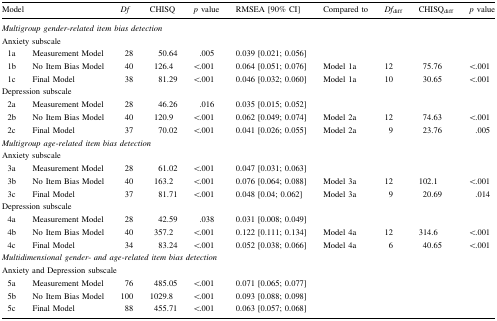
<table><thead><tr><td colspan="2"><b>Model</b></td><td><b><i>Df</i></b></td><td><b>CHISQ</b></td><td><b><i>p</i> value</b></td><td><b>RMSEA [90% CI]</b></td><td><b>Compared to</b></td><td><b><i>Df</i><sub>diff</sub></b></td><td><b>CHISQ<sub>diff</sub></b></td><td><b><i>p</i> value</b></td></tr></thead><tbody><tr><td colspan="10"><i>Multigroup gender</i>-<i>related item bias detection</i></td></tr><tr><td colspan="10">Anxiety subscale</td></tr><tr><td> 1a</td><td>Measurement Model</td><td>28</td><td>50.64</td><td>.005</td><td>0.039 [0.021; 0.056]</td><td>[EMPTY_CELL]</td><td>[EMPTY_CELL]</td><td>[EMPTY_CELL]</td><td>[EMPTY_CELL]</td></tr><tr><td> 1b</td><td>No Item Bias Model</td><td>40</td><td>126.4</td><td>&lt;.001</td><td>0.064 [0.051; 0.076]</td><td>Model 1a</td><td>12</td><td>75.76</td><td>&lt;.001</td></tr><tr><td> 1c</td><td>Final Model</td><td>38</td><td>81.29</td><td>&lt;.001</td><td>0.046 [0.032; 0.060]</td><td>Model 1a</td><td>10</td><td>30.65</td><td>&lt;.001</td></tr><tr><td colspan="10">Depression subscale</td></tr><tr><td> 2a</td><td>Measurement Model</td><td>28</td><td>46.26</td><td>.016</td><td>0.035 [0.015; 0.052]</td><td>[EMPTY_CELL]</td><td>[EMPTY_CELL]</td><td>[EMPTY_CELL]</td><td>[EMPTY_CELL]</td></tr><tr><td> 2b</td><td>No Item Bias Model</td><td>40</td><td>120.9</td><td>&lt;.001</td><td>0.062 [0.049; 0.074]</td><td>Model 2a</td><td>12</td><td>74.63</td><td>&lt;.001</td></tr><tr><td> 2c</td><td>Final Model</td><td>37</td><td>70.02</td><td>&lt;.001</td><td>0.041 [0.026; 0.055]</td><td>Model 2a</td><td>9</td><td>23.76</td><td>.005</td></tr><tr><td colspan="10"><i>Multigroup age</i>-<i>related item bias detection</i></td></tr><tr><td colspan="10">Anxiety subscale</td></tr><tr><td> 3a</td><td>Measurement Model</td><td>28</td><td>61.02</td><td>&lt;.001</td><td>0.047 [0.031; 0.063]</td><td>[EMPTY_CELL]</td><td>[EMPTY_CELL]</td><td>[EMPTY_CELL]</td><td>[EMPTY_CELL]</td></tr><tr><td> 3b</td><td>No Item Bias Model</td><td>40</td><td>163.2</td><td>&lt;.001</td><td>0.076 [0.064; 0.088]</td><td>Model 3a</td><td>12</td><td>102.1</td><td>&lt;.001</td></tr><tr><td> 3c</td><td>Final Model</td><td>37</td><td>81.71</td><td>&lt;.001</td><td>0.048 [0.04; 0.062]</td><td>Model 3a</td><td>9</td><td>20.69</td><td>.014</td></tr><tr><td colspan="10">Depression subscale</td></tr><tr><td> 4a</td><td>Measurement Model</td><td>28</td><td>42.59</td><td>.038</td><td>0.031 [0.008; 0.049]</td><td>[EMPTY_CELL]</td><td>[EMPTY_CELL]</td><td>[EMPTY_CELL]</td><td>[EMPTY_CELL]</td></tr><tr><td> 4b</td><td>No Item Bias Model</td><td>40</td><td>357.2</td><td>&lt;.001</td><td>0.122 [0.111; 0.134]</td><td>Model 4a</td><td>12</td><td>314.6</td><td>&lt;.001</td></tr><tr><td> 4c</td><td>Final Model</td><td>34</td><td>83.24</td><td>&lt;.001</td><td>0.052 [0.038; 0.066]</td><td>Model 4a</td><td>6</td><td>40.65</td><td>&lt;.001</td></tr><tr><td colspan="10"><i>Multidimensional gender</i>- <i>and age</i>-<i>related item bias detection</i></td></tr><tr><td colspan="10">Anxiety and Depression subscale</td></tr><tr><td> 5a</td><td>Measurement Model</td><td>76</td><td>485.05</td><td>&lt;.001</td><td>0.071 [0.065; 0.077]</td><td>[EMPTY_CELL]</td><td>[EMPTY_CELL]</td><td>[EMPTY_CELL]</td><td>[EMPTY_CELL]</td></tr><tr><td> 5b</td><td>No Item Bias Model</td><td>100</td><td>1029.8</td><td>&lt;.001</td><td>0.093 [0.088; 0.098]</td><td>[EMPTY_CELL]</td><td>[EMPTY_CELL]</td><td>[EMPTY_CELL]</td><td>[EMPTY_CELL]</td></tr><tr><td> 5c</td><td>Final Model</td><td>88</td><td>455.71</td><td>&lt;.001</td><td>0.063 [0.057; 0.068]</td><td>[EMPTY_CELL]</td><td>[EMPTY_CELL]</td><td>[EMPTY_CELL]</td><td>[EMPTY_CELL]</td></tr></tbody></table>